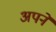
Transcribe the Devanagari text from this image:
अपने